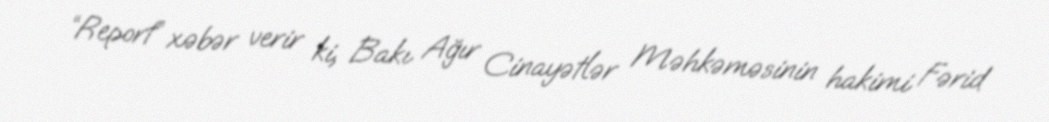
“Report” xəbər verir ki, Bakı Ağır Cinayətlər Məhkəməsinin hakimi Fərid